Mental hospitals Bombay report 1929-33 - 1929-1933
Year: 1929
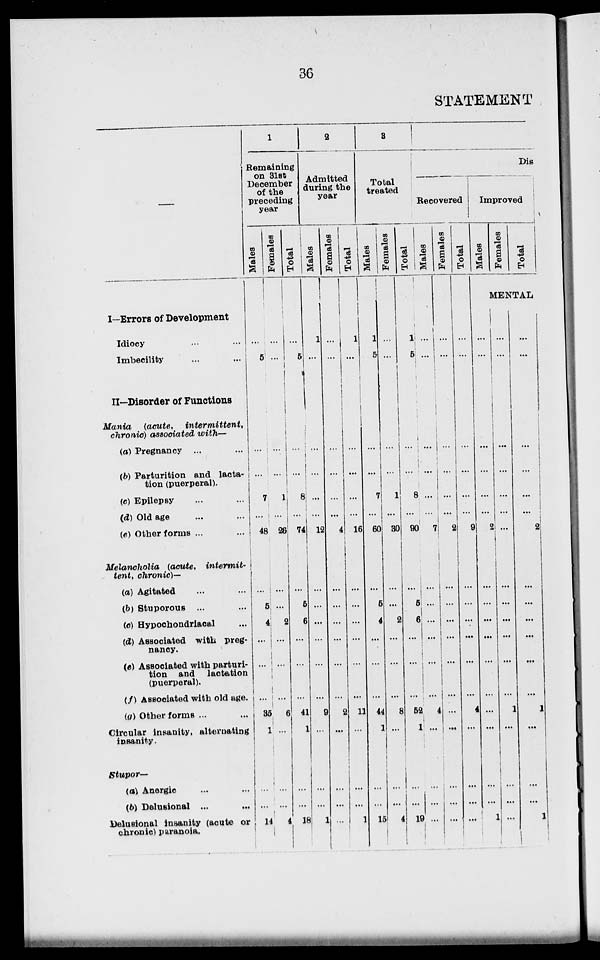
36
STATEMENT
I—Errors of Development
Idiocy ... ...
Imbecility ... ...
II—Disorder of Functions
Mania
(acute,
intermittent,
chronic) associated with—
(a) Pregnancy ... ...
(b) Parturition and lacta-
tion (puerperal).
(c) Epilepsy ... ...
(d) Old age ... ...
(e) Other forms ... ...
Melancholia
(acute,
intermit-
tent, chronic)—
(a) Agitated ... ...
(b) Stuporous ... ...
(c) Hypochondriacal ...
(d) Associated with preg-
nancy.
(e) Associated with parturi-
tion and lactation
(puerperal).
(f) Associated with old age.
(g) Other forms ...
Circular insanity, alternating
insanity.
Stupor—
(a) Anergic ... ...
(b) Delusional ... ...
Delusional insanity (acute or
chronic) paranoia.
1
Remaining
on 31st
December
of the
preceding
year
Males
...
5
...
...
7
...
48
...
5
4
...
...
...
35
1
...
...
14
Females
...
...
...
...
1
...
26
...
...
2
...
...
...
6
1
...
...
4
Total
...
5
...
...
8
...
74
...
5
6
...
...
...
41
1
...
...
18
2
Admitted
during the
year
Males
Females
Total
1
...
...
...
...
...
12
...
...
...
...
...
...
9
...
...
...
1
...
...
...
...
...
...
4
...
...
...
...
...
...
2
...
...
...
...
1
...
...
...
...
...
16
...
...
...
...
...
...
11
...
...
...
1
3
Total
treated
Males
1
5
...
...
7
...
60
...
5
4
...
...
...
44
1
...
...
15
Females
...
...
...
...
1
...
30
...
...
2
...
...
...
8
...
...
...
4
Total
1
5
...
...
8
...
90
...
5
6
...
...
...
52
1
...
...
19
Dis
Recovered
Males
...
...
...
...
...
...
7
...
...
...
...
...
...
4
...
...
...
...
Females
...
...
...
...
...
...
2
...
...
...
...
...
...
...
...
...
...
...
Total
...
...
...
...
...
...
9
...
...
...
...
...
...
4
...
...
...
...
Improved
Males
Females
Total
MENTAL
...
...
...
...
...
...
2
...
...
...
...
...
...
...
...
...
...
1
...
...
...
...
...
...
...
...
...
...
...
...
...
1
...
...
...
...
...
...
...
...
...
...
2
...
...
...
...
...
...
1
...
...
...
1